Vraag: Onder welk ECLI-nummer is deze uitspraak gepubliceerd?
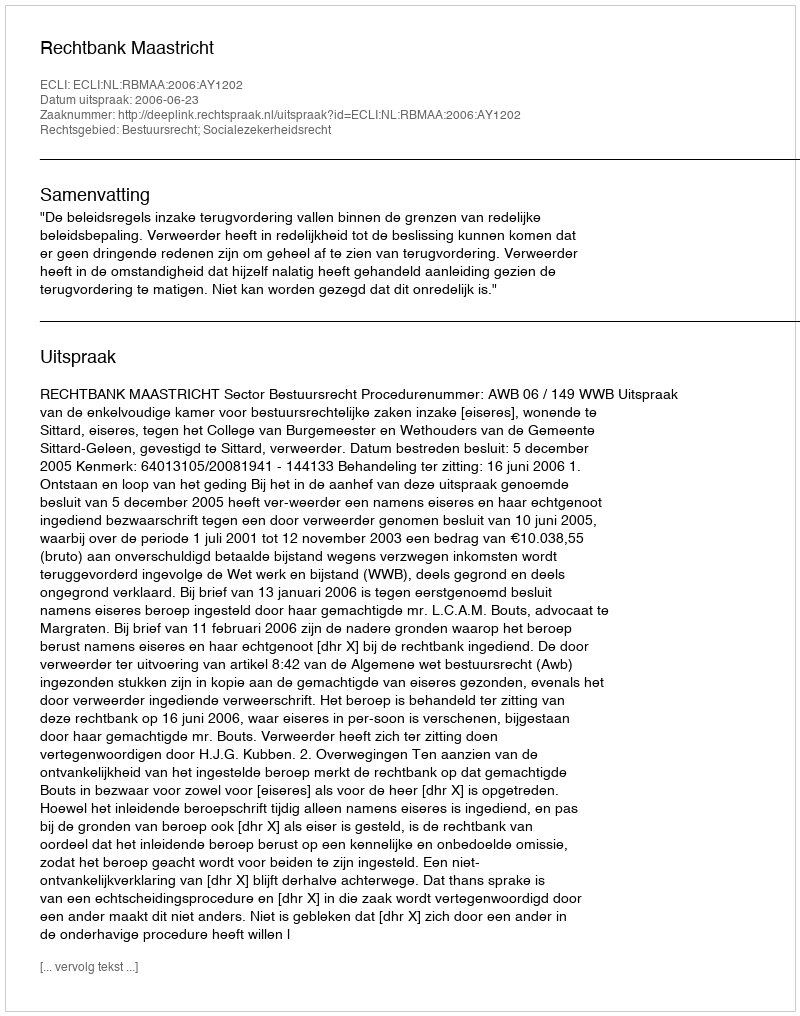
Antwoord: ECLI:NL:RBMAA:2006:AY1202